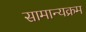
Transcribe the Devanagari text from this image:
सामान्यक्रम